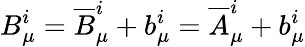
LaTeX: B_{\mu}^{i}={\overline{{B}}}_{\mu}^{i}+b_{\mu}^{i}={\overline{{A}}}_{\mu}^{i}+b_{\mu}^{i}